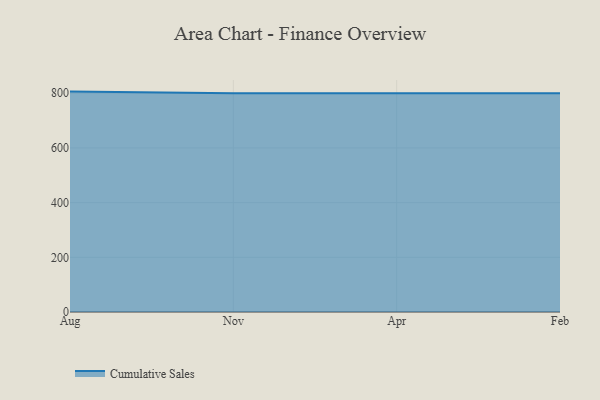
{"axis": {"x": "Month", "y": "Customer Acquisition Cost (USD)"}, "legend": ["Cumulative Sales"], "data": [{"x": "Aug", "y": 806.1, "type": "Cumulative Sales"}, {"x": "Nov", "y": 800, "type": "Cumulative Sales"}, {"x": "Apr", "y": 800, "type": "Cumulative Sales"}, {"x": "Feb", "y": 800, "type": "Cumulative Sales"}]}